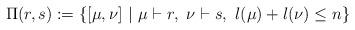
LaTeX: \begin{align*}\Pi (r,s) := \{ [\mu, \nu] ~| ~\mu \vdash r, ~\nu \vdash s, ~ l(\mu) + l(\nu) \leq n\}\end{align*}